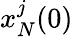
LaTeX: x_{N}^{j}(0)